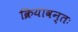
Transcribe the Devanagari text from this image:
क्रियावन्तः